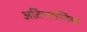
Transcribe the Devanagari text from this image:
अतिभास्मिक